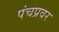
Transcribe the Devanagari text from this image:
पंचप्रवर